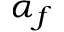
\alpha _ { f }